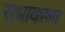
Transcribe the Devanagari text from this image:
राधाकष्‍ण